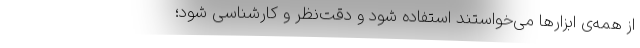
از همه‌ی ابزارها می‌خواستند استفاده شود و دقت‌نظر و کارشناسی شود؛